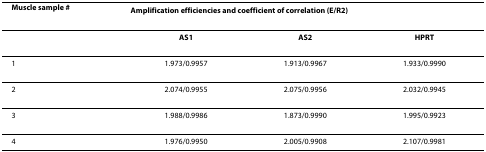
<table><thead><tr><td><b>Muscle sample #</b></td><td colspan="3"><b>Amplification efficiencies and coefficient of correlation (E/R<sup>2</sup>)</b></td></tr></thead><tbody><tr><td></td><td><b>AS1</b></td><td><b>AS2</b></td><td><b>HPRT</b></td></tr><tr><td>1</td><td>1.973/0.9957</td><td>1.913/0.9967</td><td>1.933/0.9990</td></tr><tr><td>2</td><td>2.074/0.9955</td><td>2.075/0.9956</td><td>2.032/0.9945</td></tr><tr><td>3</td><td>1.988/0.9986</td><td>1.873/0.9990</td><td>1.995/0.9923</td></tr><tr><td>4</td><td>1.976/0.9950</td><td>2.005/0.9908</td><td>2.107/0.9981</td></tr></tbody></table>